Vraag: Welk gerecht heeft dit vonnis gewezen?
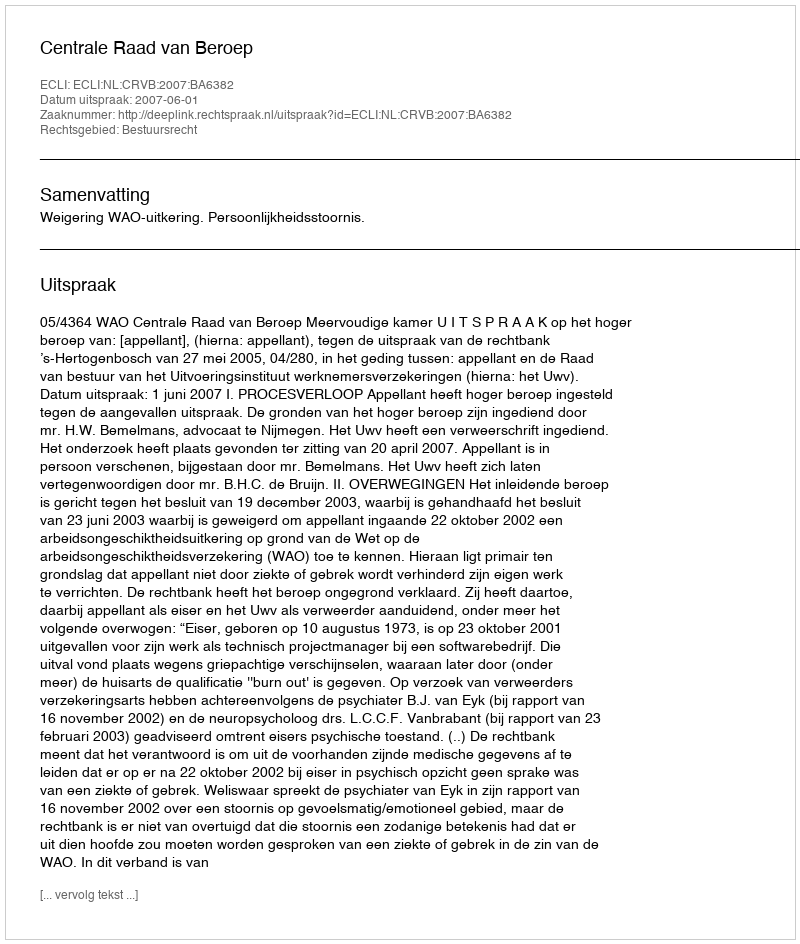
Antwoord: Centrale Raad van Beroep